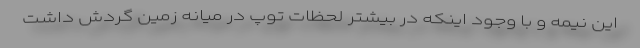
این نیمه و با وجود اینکه در بیشتر لحظات توپ در میانه زمین گردش داشت